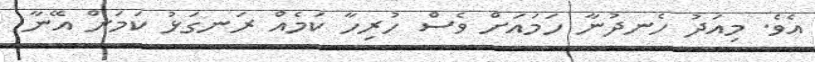
އެވެ. މިއަދު ހެނދުނާ ހަމައަށް ވެސް ހުރިހާ ކަމެއް ރަނގަޅު ކަމަށް އޭނާ